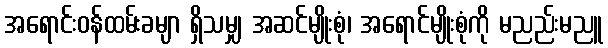
အရောင်းဝန်ထမ်းခမျာ ရှိသမျှ အဆင်မျိုးစုံ၊ အရောင်မျိုးစုံကို မညည်းမညူ